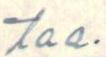
taa.